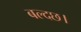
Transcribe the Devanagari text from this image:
बल्दछ।